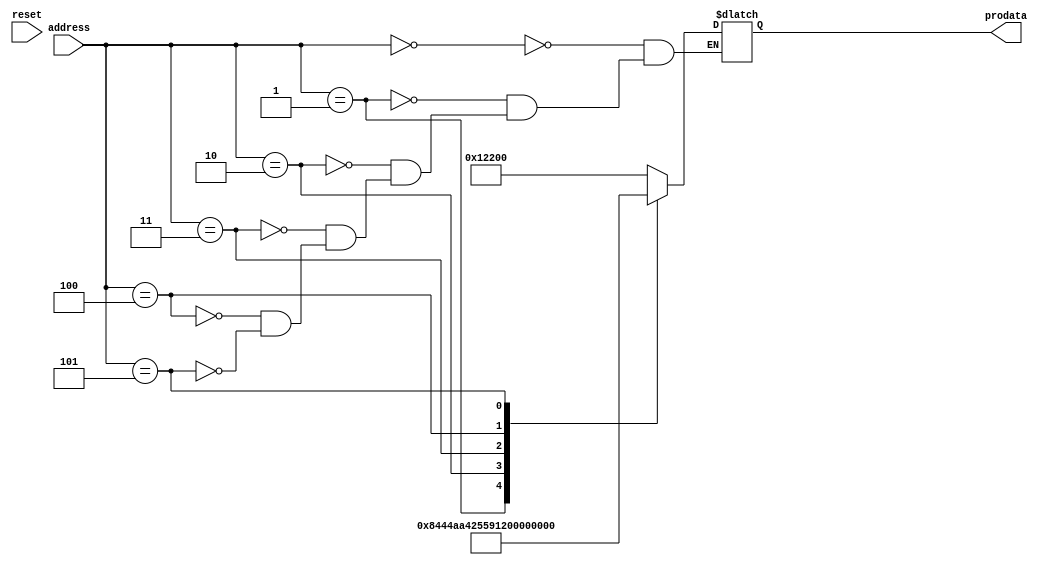
`timescale 1ns / 1ps
//////////////////////////////////////////////////////////////////////////////////
// Company: 
// 
// Design Name: 
// Module Name: program memory
// Project Name: 
// Target Devices: 
// Tool Versions: 
// Description: 
// 
// Dependencies: 
// 
// Revision:
// Revision 0.01 - File Created
// Additional Comments:
// 
//////////////////////////////////////////////////////////////////////////////////


module pro_memory(address,reset ,prodata);
    input [7:0]address;
    input reset; // read when low
    output  reg [16:0]prodata; //17 bit instructions




reg [0:16] mem [0:255];

parameter NOP = 5'b00000; // value 0  eg:nop           
parameter SUB = 5'b00001; //value 1   eg: sub r1,r2,r3 
parameter JML = 5'b00010; //value 2   eg: jml r2, r3   
parameter JMP =	5'b00011; // value 3  eg: jmp [r2]     
parameter AIU =	5'b00100; //value 4   eg: aiu r3,r2,06H
parameter ST  = 5'b00101; //value 5   eg: st [r2] r1   
parameter AND = 5'b00110; //value 6   eg: and r3,r2,r1 
parameter JMR =	5'b00111; //value 7   eg: jmp r2       
parameter LSL =	5'b01000; //value 8   eg: lsl r3 , 03H 
parameter ADI = 5'b01001; //value 9   eg: add r3 r2 03H
parameter XOR = 5'b01010; //value 10  eg: xor r4 r3 r2 
parameter BZ  = 5'b01011; // value 11  eg: bz r2 20H   
parameter MOV = 5'b01100; // value 12  eg: mov r2 r1   
parameter LD  = 5'b01101; // value 13  eg: ld r4 [r1]  
parameter SLT = 5'b01110; // value 14  eg: slt r3 r2 r1
parameter ADD = 5'b01111; // value 15  eg: add r3 r2 r1
parameter OUT = 5'b10000; // value 16  eg:  out r3 [r2]
parameter NOT = 5'b10001; // value 17  eg: not r2 R1     
parameter IN  = 5'b10010; // value 18  eg: in r7 [r4]  
parameter BNZ = 5'b10011; // value 19 eg: bnz r2       
parameter ORI = 5'b10100; // value 20  eg: or r3 r2 35H 
parameter LSR = 5'b10101; //value 21 eg eg: lsR r3 , 03H 

   
//   always@(address , reset )
//    begin 
//        case(address)
//                8'h0:mem[address] = 17'h00000_000_000_000_000;
//                8'h1:mem[address] = { AIU , 3'b001 , 3'b000 , 3'b000, 3'b101 }; //AIU R1 R0 5
//                8'h2:mem[address] = { AIU , 3'b010 , 3'b000 , 3'b000, 3'b100 }; //AIU R2 R0 4
//                8'h3:mem[address] = { XOR , 3'b011 , 3'b001 , 3'b010, 3'b000 }; //XOR R3 R1 R2
//                8'h4:mem[address] = { AND , 3'b100 , 3'b001 , 3'b011, 3'b000 };//AND R4 R1 R3
//                8'h5:mem[address] = { LSL , 3'b101 , 3'b100 , 3'b000, 3'b011 };//LSL R5 R4 011 
//                8'h6:mem[address] = { SLT , 3'b101 , 3'b001 , 3'b011, 3'b000 };//SLT R5 R1 R3
//                8'h7:mem[address]  = { SUB , 3'b010 , 3'b101 , 3'b011, 3'b000 };// SUB R2 R5 R3
//                8'h8:mem[address] = { MOV , 3'b111 , 3'b011 , 3'b000, 3'b000 };//MOV R7 R3
//                8'h9:mem[address] = { NOT , 3'b110 , 3'b111 , 3'b000, 3'b000 };// NOT R6 R7
//                8'h10:mem[address] = { ST  , 3'b000 , 3'b010 , 3'b110, 3'b000 };// ST R6 [R2]
//                8'h11:mem[address] = { LD  , 3'b001 , 3'b010 , 3'b000, 3'b000 };// LD R1 [R2]
//                8'h12:mem[address] = 17'h00000_000_000_000_000;
//                default:mem[8'h0] = 17'h00000_000_000_000_000;
//                endcase
////   end



always@(*) begin
case(address) 
//8'd0: prodata  =   { NOP , 3'b000 , 3'b000 , 3'b000, 3'b000 }; //nop
8'd0: prodata  =   { IN , 3'b001 , 3'b000 , 3'b000, 3'b000 }; //IN R1 
8'd1: prodata =    { LSL , 3'b010 , 3'b001 , 3'b000, 3'b100 }; //LSL R2 R1 4
8'd2: prodata =    { LSR , 3'b010 , 3'b010 , 3'b000, 3'b100 }; //LSL R2 R2 4
8'd3: prodata =   { LSR , 3'b011 , 3'b001 , 3'b000, 3'b100 }; //LSL R2 R2 4
8'd4: prodata =   { OUT , 3'b000 , 3'b010 , 3'b011, 3'b000 };//out R2 R3 011                                                      
8'd5: prodata =   { JMR , 3'b000 , 3'b000 , 3'b000, 3'b000 };//SLT R5 R1 R3

endcase
end
endmodule

//always@(*) begin
//end

//initial begin
//mem[address] = 17'b0;

//mem[0] =    { NOP , 3'b000 , 3'b000 , 3'b000, 3'b000 }; //nop
//mem[1] =    { AIU , 3'b001 , 3'b000 , 3'b000, 3'b101 }; //AIU R1 R0 5
//mem[2] =    { AIU , 3'b010 , 3'b000 , 3'b000, 3'b100 }; //AIU R2 R0 4
//mem[3] =    { XOR , 3'b011 , 3'b001 , 3'b010, 3'b000 }; //XOR R3 R1 R2
//mem[4] =   { AND , 3'b100 , 3'b001 , 3'b011, 3'b000 };//AND R4 R1 R3
//mem[5] =   { LSL , 3'b101 , 3'b100 , 3'b000, 3'b011 };//LSL R5 R4 011                                                      
//mem[6] =   { SLT , 3'b101 , 3'b001 , 3'b011, 3'b000 };//SLT R5 R1 R3
//mem[7] =   { SUB , 3'b010 , 3'b101 , 3'b011, 3'b000 };// SUB R2 R5 R3
//mem[8] =   { MOV , 3'b111 , 3'b011 , 3'b000, 3'b000 };//MOV R7 R3
//mem[9] =   { NOT , 3'b110 , 3'b111 , 3'b000, 3'b000 };// NOT R6 R7
//mem[10] =   { ST  , 3'b000 , 3'b010 , 3'b110, 3'b000 };// ST R6 [R2]
//mem[11] =   { LD  , 3'b001 , 3'b010 , 3'b000, 3'b000 };// LD R1 [R2]



//mem[0] =    { NOP , 3'b000 , 3'b000 , 3'b000, 3'b000 }; //nop
//mem[1] =    { IN , 3'b001 , 3'b000 , 3'b000, 3'b000 }; //IN R1 
//mem[2] =    { LSL , 3'b010 , 3'b001 , 3'b000, 3'b100 }; //LSL R2 R1 4
//mem[3] =    { LSR , 3'b010 , 3'b010 , 3'b000, 3'b100 }; //LSL R2 R2 4
//mem[4] =   { LSR , 3'b011 , 3'b001 , 3'b000, 3'b100 }; //LSL R2 R2 4
//mem[5] =   { OUT , 3'b000 , 3'b010 , 3'b011, 3'b000 };//LSL R5 R4 011                                                      
//mem[6] =   { JMR , 3'b000 , 3'b000 , 3'b000, 3'b000 };//SLT R5 R1 R3






//mem[0] =    { NOP , 3'b000 , 3'b000 , 3'b000, 3'b000 }; //jmp r0
//mem[1] =    { AIU , 3'b001 , 3'b000 , 3'b000, 3'b001 }; //AIU R1 R0 1
//mem[2] =    { AIU , 3'b010 , 3'b000 , 3'b000, 3'b001 }; //AIU R2 R0 1
//mem[3] =    { AIU , 3'b011 , 3'b000 , 3'b000, 3'b001 }; //AIU R1 R0 1
//mem[4] =    { JMR , 3'b000 , 3'b001 , 3'b000, 3'b000 }; //jmp r0
//mem[5] =    { NOP , 3'b000 , 3'b000 , 3'b000, 3'b000 }; //jmp ADD
//mem[6] =    { NOP , 3'b000 , 3'b000 , 3'b000, 3'b000 }; //jmp r0




//end

//assign prodata = mem[address];
//endmodule
    
   
    
     
    //data value is finally assigned